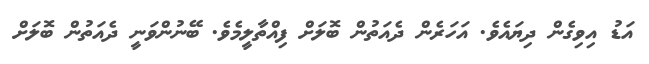
އަޑު އިވިގެން ދިޔައެވެ. އަހަރެން ދެއަތުން ބޮލަށް ފިއްތާލީމެވެ. ބޭނުންވަނީ ދެއަތުން ބޮލަށް